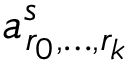
a _ { r _ { 0 } , \ldots , r _ { k } } ^ { s }